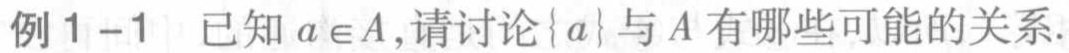
例1 - 1 已知 \(a\in A\),请讨论\(\{a\}\)与\(A\)有哪些可能的关系.